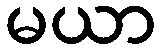
မယာ